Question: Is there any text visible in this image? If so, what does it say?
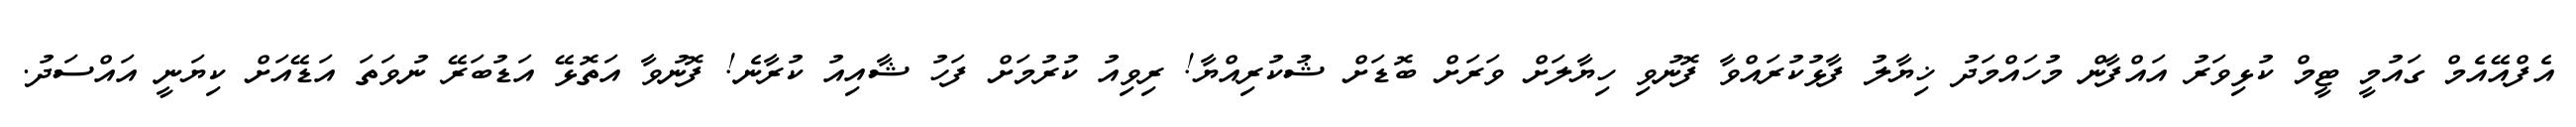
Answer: އެފްއޭއެމް ގައުމީ ޓީމް ކުޅިވަރު އައްފާން މުހައްމަދު ޚިޔާލު ފާޅުކުރައްވާ ފޮނުވި ހިޔާލަށް ވަރަށް ބޮޑަށް ޝުކުރިއްޔާ! ރިވިއު ކުރުމަށް ފަހު ޝާއިއު ކުރާނެ! ފޮނުވާ އަތޮޅޭ އަޑުބަރޭ ނުވަތަ އަޑޭއަށް ކިޔަނީ އައްސަދު.